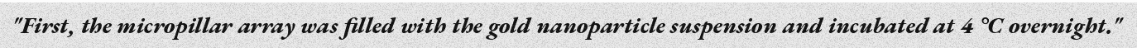
"First, the micropillar array was filled with the gold nanoparticle suspension and incubated at 4 °C overnight."